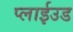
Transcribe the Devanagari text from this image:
प्लाईउड